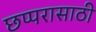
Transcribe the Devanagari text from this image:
छप्परासाठी